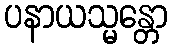
ပနာယသ္မန္တော